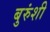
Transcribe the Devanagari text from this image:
बुरुंशी